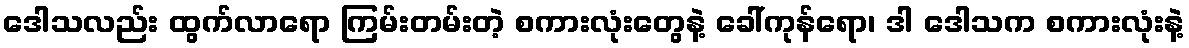
ဒေါသလည်း ထွက်လာရော ကြမ်းတမ်းတဲ့ စကားလုံးတွေနဲ့ ခေါ်ကုန်ရော၊ ဒါ ဒေါသက စကားလုံးနဲ့